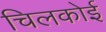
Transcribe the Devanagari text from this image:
चिलकोई